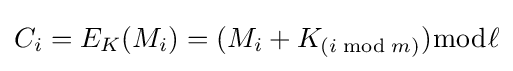
C_{i}=E_{K}(M_{i})=(M_{i}+K_{(i{\bmod {m}})}){\bmod {\ell }}